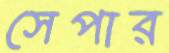
সেপার